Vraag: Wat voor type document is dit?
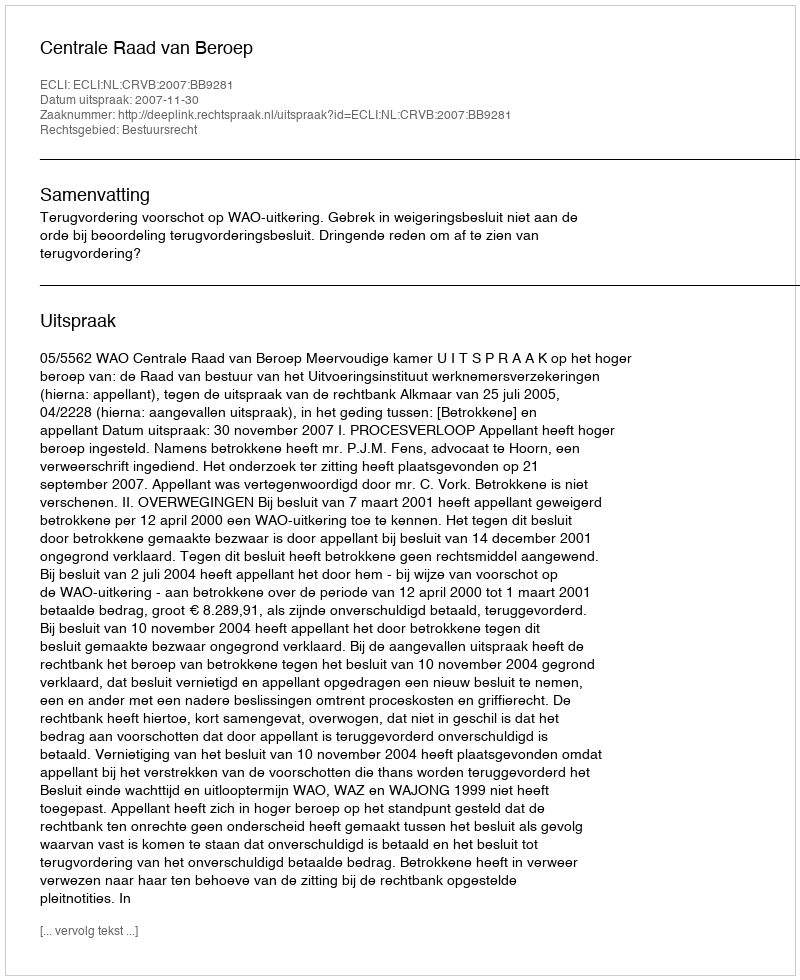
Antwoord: Uitspraak